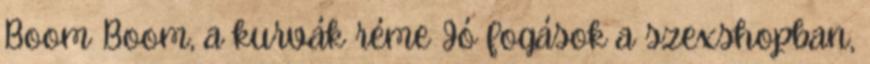
Boom Boom, a kurvák réme Jó fogások a szexshopban,